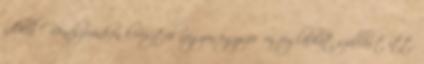
nélkül . Rendszerünkön keresztül nagyon egyszerűen foglalhat szállást itt: